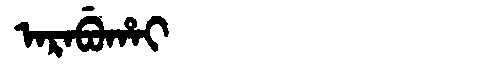
Manchu: ᠠᡵᠠᠪᡠᡥᠠᡳ
Romanization: ARABUHAI